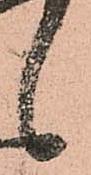
候